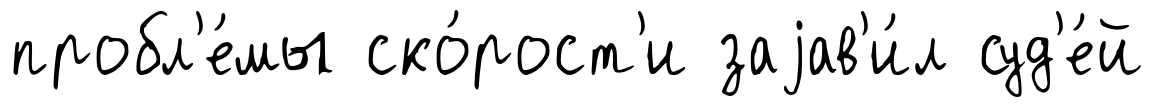
пробл'е́мы ско́рост'и заjав'и́л суд'е́й